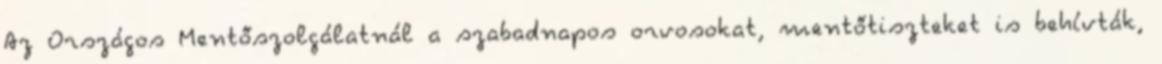
Az Országos Mentőszolgálatnál a szabadnapos orvosokat, mentőtiszteket is behívták,